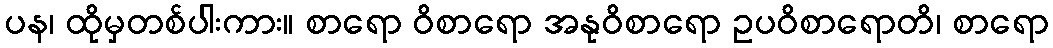
ပန၊ ထိုမှတစ်ပါးကား။ စာရော ဝိစာရော အနုဝိစာရော ဥပဝိစာရောတိ၊ စာရော